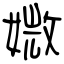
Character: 媺